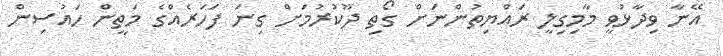
އޭނާ ވިދާޅުވީ މާމިގިލީ ރައްޔިތުންނަށް ގޯތި ދޫކުރުމަށް ގިނަ ފަހަރެއްގެ މަތީން ހައުސިން